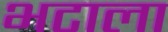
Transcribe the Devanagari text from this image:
भटाला